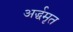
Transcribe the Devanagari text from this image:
अर्द्धमृत